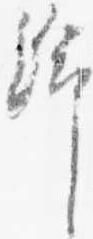
給